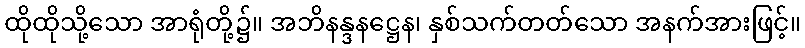
ထိုထိုသို့သော အာရုံတို့၌။ အဘိနန္ဒနဋ္ဌေန၊ နှစ်သက်တတ်သော အနက်အားဖြင့်။